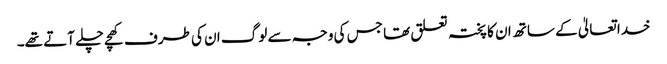
خدا تعالیٰ کے ساتھ ان کا پختہ تعلق تھا جس کی وجہ سے لوگ ان کی طرف کھچے چلے آتے تھے۔